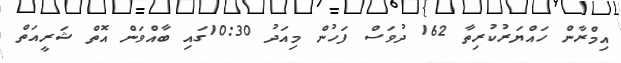
އިމްރާން ހައްޔަރުކުރިތާ 162 ދުވަސް ފަހުން މިއަދު 10:30ގައި ބާއްވަން އޮތް ޝަރީއަތް